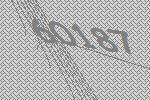
60187